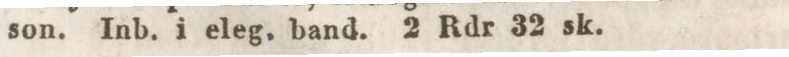
son. Inb. i eleg, band. 2 Rdr 32 sk.